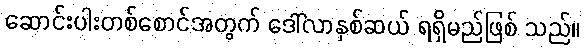
ဆောင်းပါးတစ်စောင်အတွက် ဒေါ်လာနှစ်ဆယ် ရရှိမည်ဖြစ် သည်။